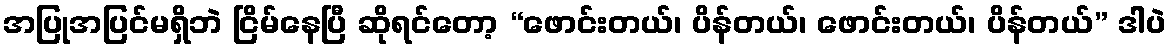
အပြုအပြင်မရှိဘဲ ငြိမ်နေပြီ ဆိုရင်တော့ “ဖောင်းတယ်၊ ပိန်တယ်၊ ဖောင်းတယ်၊ ပိန်တယ်” ဒါပဲ